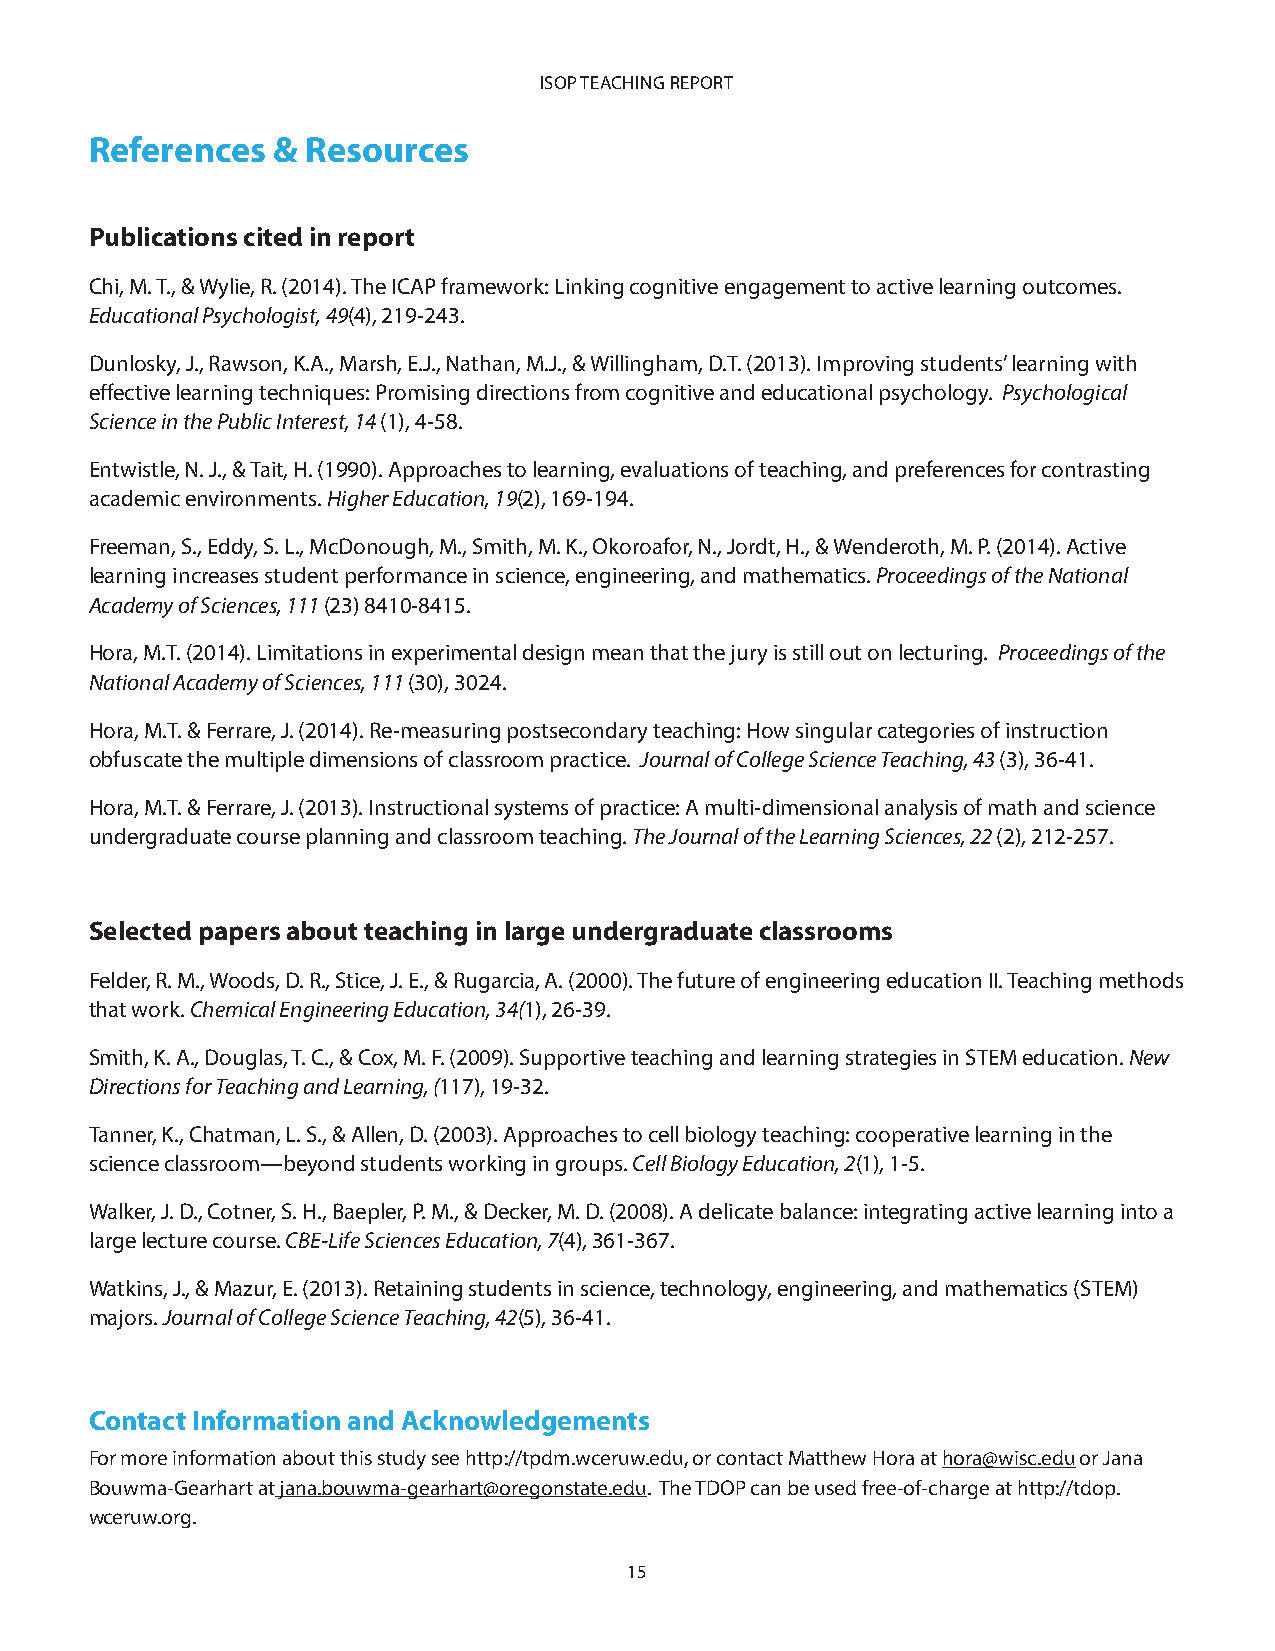
ISOP TEACHING REPORT
 References  & Resources
 Publications cited in report
 Chi, M. T., & Wylie, R. (2014). The ICAP framework: Linking cognitive engagement to active learning outcomes.
 Educational Psychologist, 49(4), 219-243.
 Dunlosky, J., Rawson, K.A., Marsh, E.J., Nathan, M.J., & Willingham, D.T. (2013). Improving students’ learning with
 effective learning techniques: Promising directions from cognitive and educational psychology. Psychological
 Science in the Public Interest, 14 (1), 4-58.
 Entwistle, N. J., & Tait, H. (1990). Approaches to learning, evaluations of teaching, and preferences for contrasting
 academic environments. Higher Education, 19(2), 169-194.
 Freeman, S., Eddy, S. L., McDonough, M., Smith, M. K., Okoroafor, N., Jordt, H., & Wenderoth, M. P. (2014). Active
 learning increases student performance in science, engineering, and mathematics. Proceedings of the National
 Academy of Sciences, 111 (23) 8410-8415.
 Hora, M.T. (2014). Limitations in experimental design mean that the jury is still out on lecturing. Proceedings of the
 National Academy of Sciences, 111 (30), 3024.
 Hora, M.T. & Ferrare, J. (2014). Re-measuring postsecondary teaching: How singular categories of instruction
 obfuscate the multiple dimensions of classroom practice. Journal of College Science Teaching, 43 (3), 36-41.
 Hora, M.T. & Ferrare, J. (2013). Instructional systems of practice: A multi-dimensional analysis of math and science
 undergraduate course planning and classroom teaching. The Journal of the Learning Sciences, 22 (2), 212-257.
 Selected papers about teaching in large undergraduate classrooms
 Felder, R. M., Woods, D. R., Stice, J. E., & Rugarcia, A. (2000). The future of engineering education II. Teaching methods
 that work. Chemical Engineering Education, 34(1), 26-39.
 Smith, K. A., Douglas, T. C., & Cox, M. F. (2009). Supportive teaching and learning strategies in STEM education. New
 Directions for Teaching and Learning, (117), 19-32.
 Tanner, K., Chatman, L. S., & Allen, D. (2003). Approaches to cell biology teaching: cooperative learning in the
 science classroom—beyond students working in groups. Cell Biology Education, 2(1), 1-5.
 Walker, J. D., Cotner, S. H., Baepler, P. M., & Decker, M. D. (2008). A delicate balance: integrating active learning into a
 large lecture course. CBE-Life Sciences Education, 7(4), 361-367.
 Watkins, J., & Mazur, E. (2013). Retaining students in science, technology, engineering, and mathematics (STEM)
 majors. Journal of College Science Teaching, 42(5), 36-41.
 Contact Information and Acknowledgements
 For more information about this study see http://tpdm.wceruw.edu, or contact Matthew Hora at hora@wisc.edu or Jana
 Bouwma-Gearhart at jana.bouwma-gearhart@oregonstate.edu. The TDOP can be used free-of-charge at http://tdop.
 wceruw.org.
 15